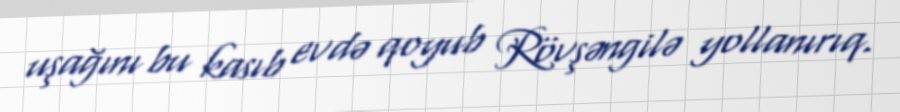
uşağını bu kasıb evdə qoyub Rövşəngilə yollanırıq.